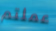
عملتم